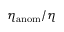
\eta _ { \mathrm { a n o m } } / \eta